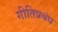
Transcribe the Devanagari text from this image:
गीतिप्रबंध